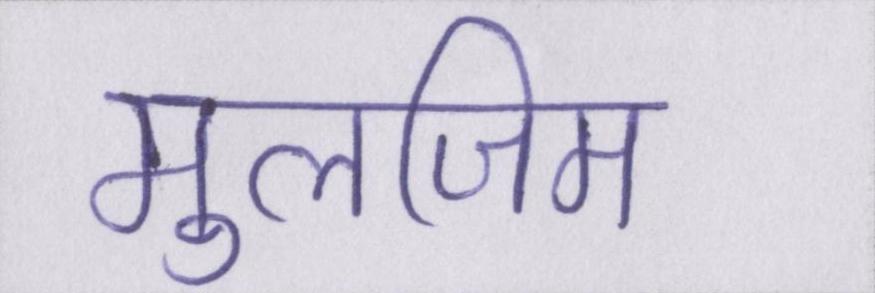
मुलजिम